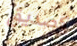
كصديق